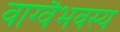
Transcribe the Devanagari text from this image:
वाग्वैभवस्य